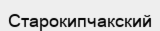
Старокипчакский